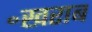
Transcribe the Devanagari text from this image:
॰खराब